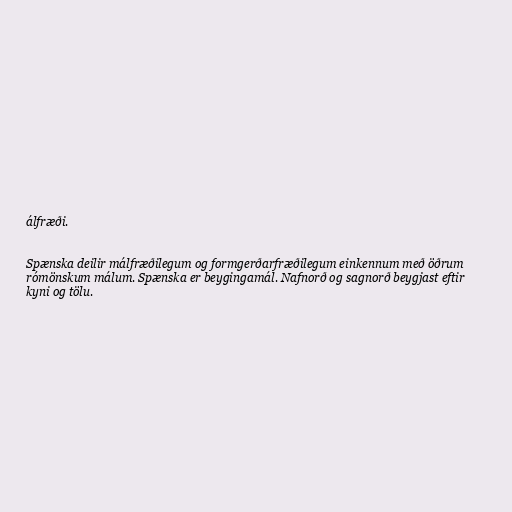
álfræði.

Spænska deilir málfræðilegum og formgerðarfræðilegum einkennum með öðrum
rómönskum málum. Spænska er beygingamál. Nafnorð og sagnorð beygjast eftir
kyni og tölu.